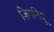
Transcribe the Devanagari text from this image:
ज़िगनियू